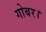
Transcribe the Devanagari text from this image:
गोबर।